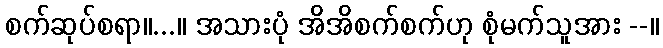
စက်ဆုပ်စရာ။...။ အသားပုံ အိအိစက်စက်ဟု စုံမက်သူအား --။